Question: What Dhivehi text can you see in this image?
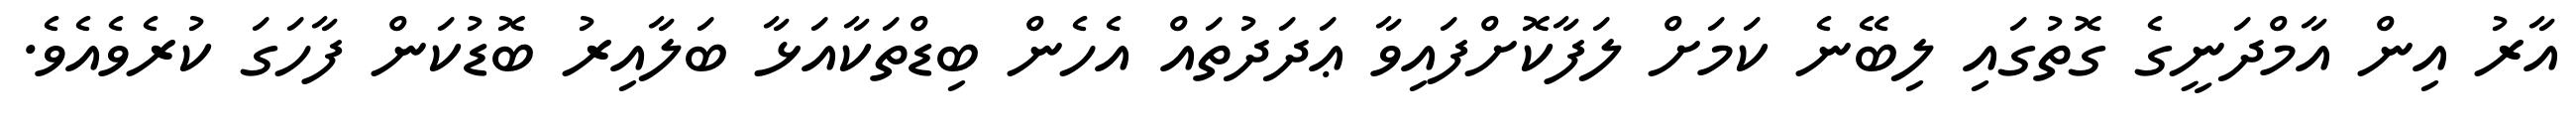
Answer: އާރު އިން އާމްދަނީގެ ގޮތުގައި ލިބޭނެ ކަމަށް ލަފާކޮށްފައިވާ ޢަދަދުތައް އެހެން ބިޑްތަކާއަޅާ ބަލާއިރު ބޮޑުކަން ފާހަގަ ކުރެވެއެވެ.